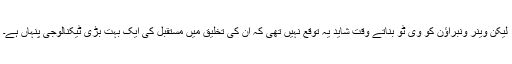
لیکن وینر ونبراؤن کو وی ٹوُ بناتے وقت شاید یہ توقع نہیں تھی کہ ان کی تخلیق میں مستقبل کی ایک بہت بڑی ٹیکنالوجی پنہاں ہے۔